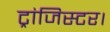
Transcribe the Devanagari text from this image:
ट्रांजिस्टर।